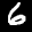
Label: 6